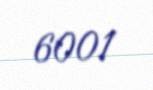
6001